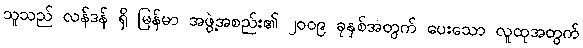
သူသည် လန်ဒန် ရှိ မြန်မာ အဖွဲ့အစည်း၏ ၂၀၀၉ ခုနှစ်အတွက် ပေးသော လူထုအတွက်